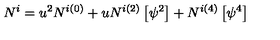
N ^ { i } = u ^ { 2 } N ^ { i ( 0 ) } + u N ^ { i ( 2 ) } \left[ \psi ^ { 2 } \right] + N ^ { i ( 4 ) } \left[ \psi ^ { 4 } \right]